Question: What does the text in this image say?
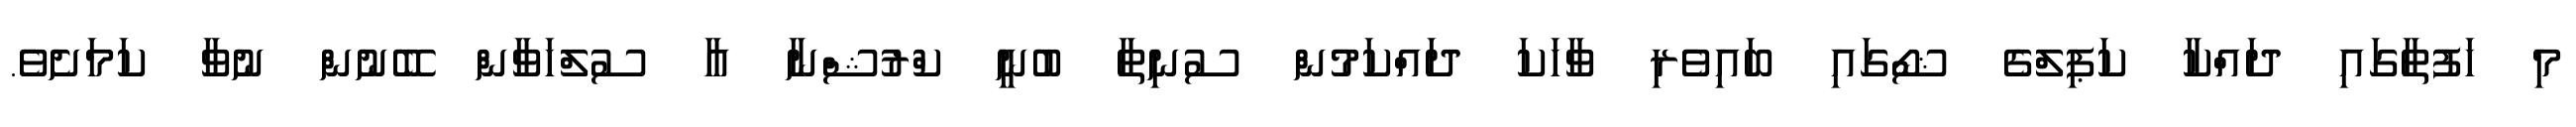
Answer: މި ހަފުތާގައި ދައްކާ ކަޕިލްގެ ޝޯގައި ބައިވެރި ވާހަކަ ދައްކަމުން ސުނިތާ ބުނީ ކްރުޝްނާ އާ ސުލްހަވާން ބޭނުން ނުވާ ކަމަށެވެ.